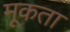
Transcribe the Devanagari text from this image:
मूकता